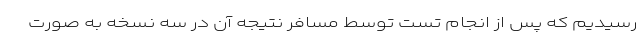
رسیدیم که پس از انجام تست توسط مسافر نتیجه آن در سه نسخه به صورت